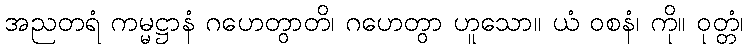
အညတရံ ကမ္မဋ္ဌာနံ ဂဟေတွာတိ၊ ဂဟေတွာ ဟူသော။ ယံ ဝစနံ၊ ကို။ ဝုတ္တံ၊